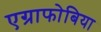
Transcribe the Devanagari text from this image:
एग्राफोबिया